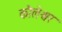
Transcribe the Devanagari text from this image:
कौलेश्वर